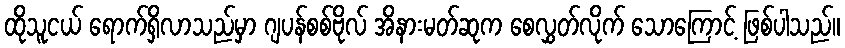
ထိုသူငယ် ရောက်ရှိလာသည်မှာ ဂျပန်စစ်ဗိုလ် အိနားမတ်ဆုက စေလွှတ်လိုက် သောကြောင့် ဖြစ်ပါသည်။